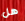
هل